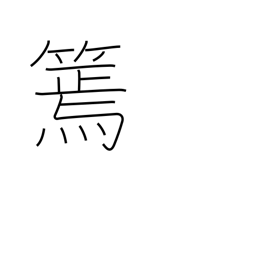
Meaning: slender bamboo